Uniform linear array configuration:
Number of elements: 16
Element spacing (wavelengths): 0.25
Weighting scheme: hamming
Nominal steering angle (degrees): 45
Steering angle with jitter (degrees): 43.167
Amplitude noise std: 0.05
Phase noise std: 0.05

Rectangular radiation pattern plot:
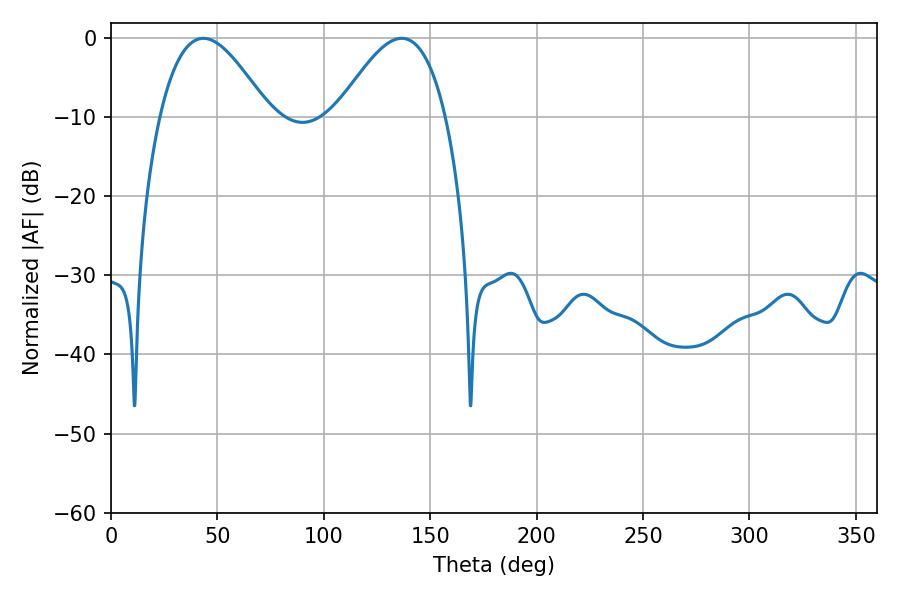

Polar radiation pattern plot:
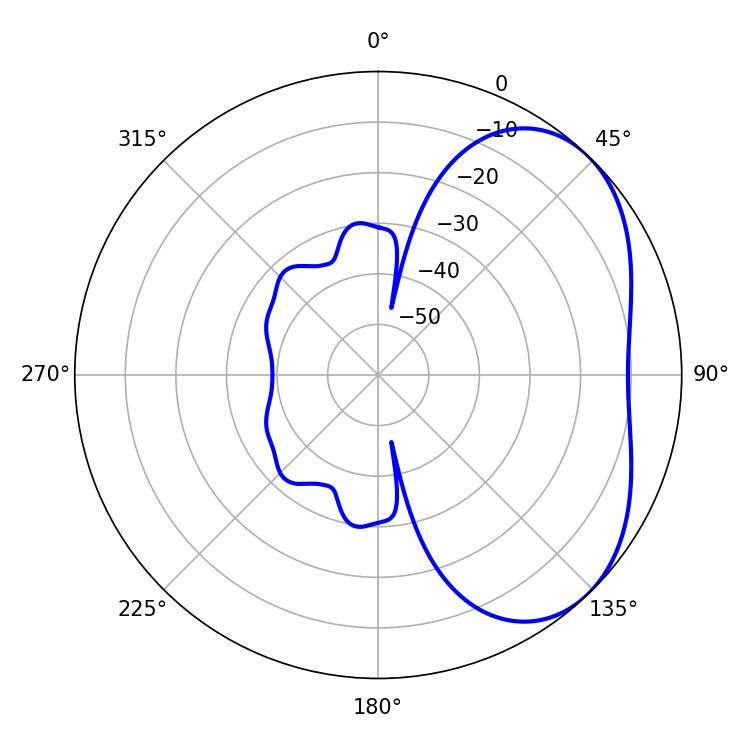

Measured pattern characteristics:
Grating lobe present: FALSE
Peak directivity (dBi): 4.054
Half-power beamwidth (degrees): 27.72
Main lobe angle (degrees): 43.38